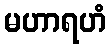
မဟာရဟံ